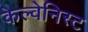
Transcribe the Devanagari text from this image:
केल्वेनिस्ट